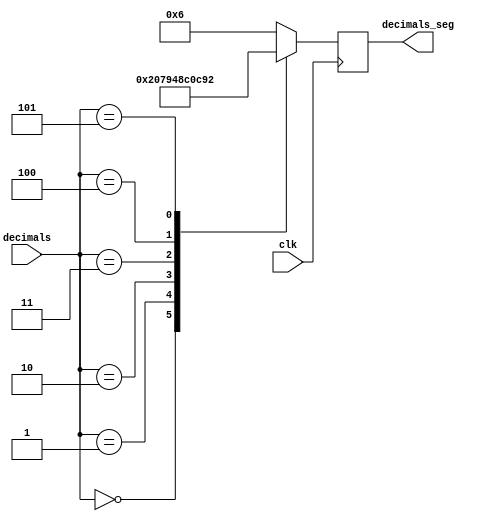

module BCD_2x7_decimals(decimals,decimals_seg,clk);

//INPUTS:
input [2:0] decimals;
input clk;
//decimals - BUS OF WIRES FROM (REGISTER THAT LATCHES THE NUMBER OF DECIMALS) TO (BCD_2X7_DECIMALS_DECODER)
//clk - WIRE FROM OUTPUT OF THE PLL TO THE BCD_2X7_DECIMALS_DECODER

//OUTPUTS:
output reg [6:0] decimals_seg;
//decimals_seg - REGISTER THAT LATCHES THE VALUE FOR 7-SEGMENT DISPLAY FOR DECIMALS


//////////////////////////////BCD_2X7_DECIMALS_DECODER/////////////////////////////////////////////////////////////
always @ (posedge clk)
begin
	case(decimals)
		0:	decimals_seg = 7'b1000000;
		1:	decimals_seg = 7'b1111001;
		2:	decimals_seg = 7'b0100100;
		3:	decimals_seg = 7'b0110000;
		4:	decimals_seg = 7'b0011001;
		5:	decimals_seg = 7'b0010010;
		default: decimals_seg = 7'b0000110;
	endcase
end
endmodule
////////////////////////////////////////////////////////////////////////////////////////////////////////////////